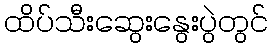
ထိပ်သီးဆွေးနွေးပွဲတွင်